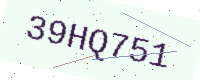
Text: 39HQ751